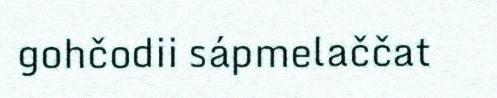
gohčodii sápmelaččat